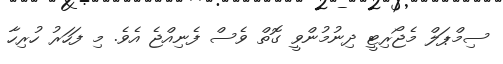
ސިމްޕަލް މެޖޯރިޓީ ދިނުމުންވީ ގޮތް ވެސް ފެނިއްޖެ އެވެ. މި ފަހަރު ހުރިހާ